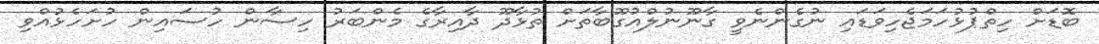
ބޮޑަށް ހިތްޕުޅުހަމަޖެހިވަޑައި ނުގެންނެވީ ގާނޫނުލްއުގޫބާތަށް ތުޅާދޫ ދާއިރާގެ މެންބަރު ހިސާން ހުސައިން ހުށަހެޅުއްވި